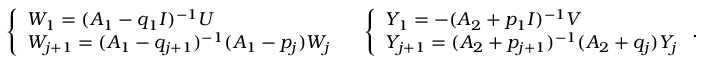
\begin{array} { r } { \left\{ \begin{array} { l l } { W _ { 1 } = ( A _ { 1 } - q _ { 1 } I ) ^ { - 1 } U } \\ { W _ { j + 1 } = ( A _ { 1 } - q _ { j + 1 } ) ^ { - 1 } ( A _ { 1 } - p _ { j } ) W _ { j } } \end{array} \right. \quad \left\{ \begin{array} { l l } { Y _ { 1 } = - ( A _ { 2 } + p _ { 1 } I ) ^ { - 1 } V } \\ { Y _ { j + 1 } = ( A _ { 2 } + p _ { j + 1 } ) ^ { - 1 } ( A _ { 2 } + q _ { j } ) Y _ { j } } \end{array} \right. . } \end{array}